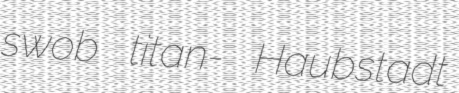
swob titan- Haubstadt